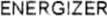
ENERGIZER